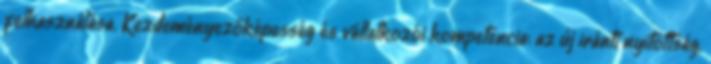
felhasználása. Kezdeményezőképesség és vállalkozói kompetencia: az új iránti nyitottság,